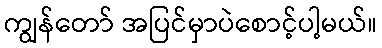
ကျွန်တော် အပြင်မှာပဲစောင့်ပါ့မယ်။